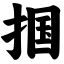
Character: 掴